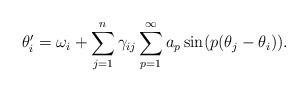
LaTeX: \begin{align*} \theta_i' = \omega_i + \sum_{j=1}^n \gamma_{ij} \sum_{p=1}^\infty a_p \sin(p(\theta_j - \theta_i )).\end{align*}